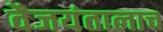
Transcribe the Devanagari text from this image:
वैजयंतालाच